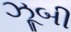
ઝૂબી